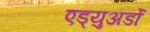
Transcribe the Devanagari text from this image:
एड्युअर्डो